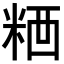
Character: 𥺗